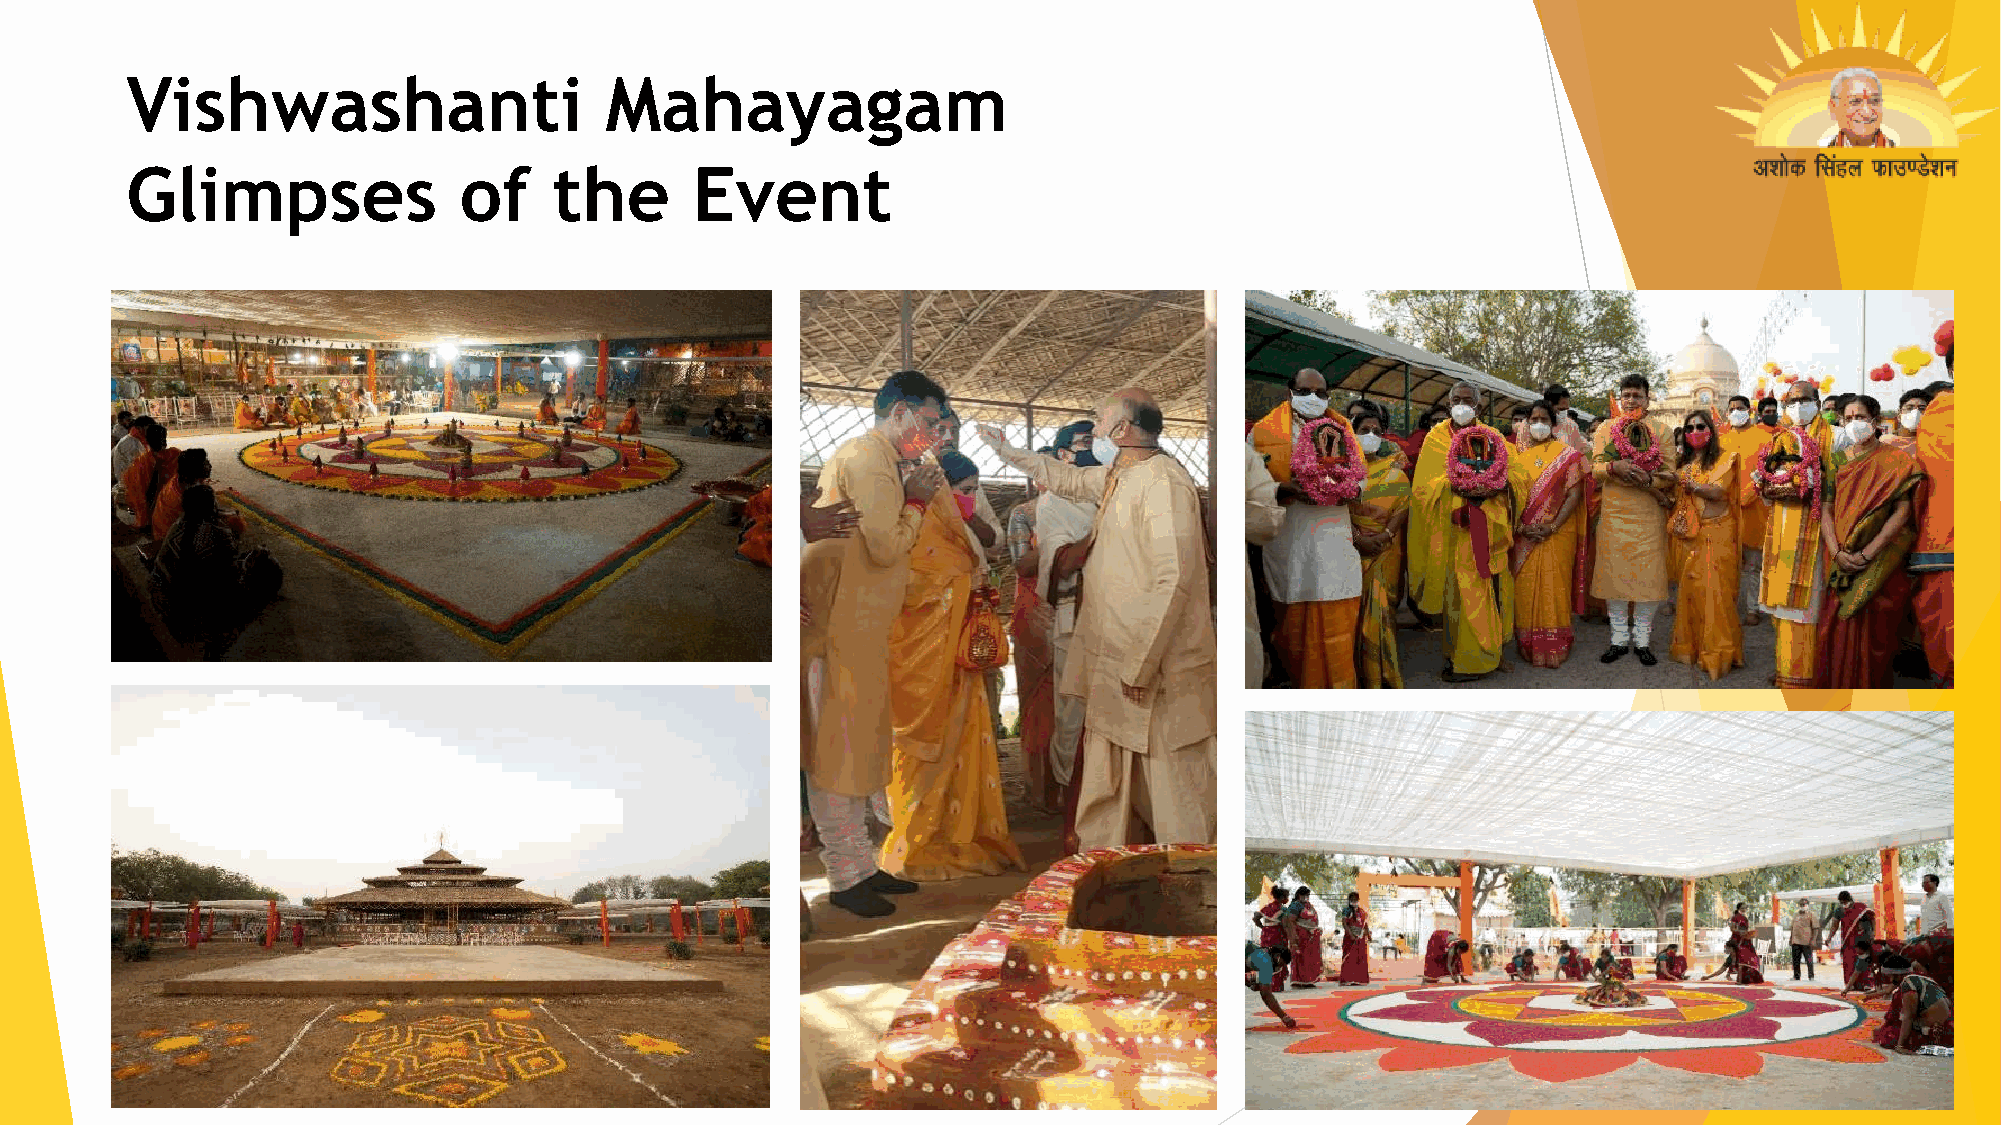
Vishwashanti                    Mahayagam
 Glimpses              of     the      Event